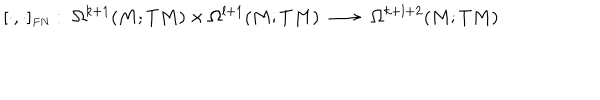
LaTeX: [ \cdot , \cdot ] _ { \scriptscriptstyle F N } : \; \Omega ^ { k + 1 } ( M ; T M ) \times \Omega ^ { l + 1 } ( M ; T M ) \; \longrightarrow \; \Omega ^ { k + l + 2 } ( M ; T M )